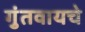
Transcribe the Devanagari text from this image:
गुंतवायचे